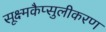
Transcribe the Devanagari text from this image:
सूक्ष्मकैप्सुलीकरण